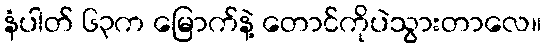
နံပါတ် ၆၃က မြောက်နဲ့ တောင်ကိုပဲသွားတာလေ။